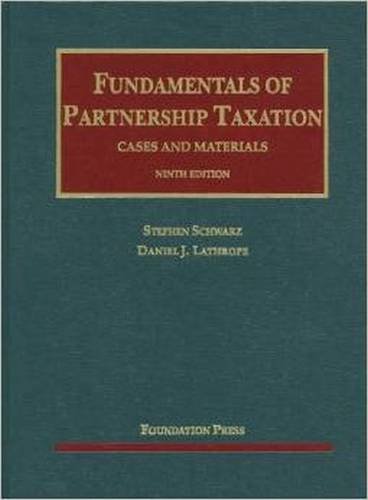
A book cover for Fundamentals of Partnership Taxation (University Casebook Series); Stephen Schwarz; Law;